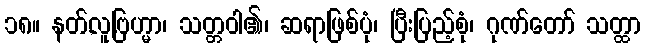
၁၈။ နတ်,လူ,ဗြဟ္မာ၊ သတ္တဝါ၏၊ ဆရာဖြစ်ပုံ၊ ပြီးပြည့်စုံ၊ ဂုဏ်တော် သတ္ထာ